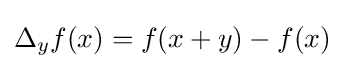
\Delta _{y}f(x)=f(x+y)-f(x)